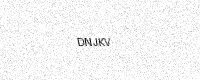
Text: DNJKV